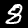
Digit: 8